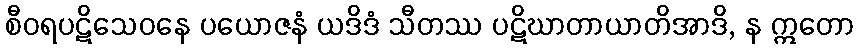
စီဝရပဋိသေဝနေ ပယောဇနံ ယဒိဒံ သီတဿ ပဋိဃာတာယာတိအာဒိ, န ဣတော